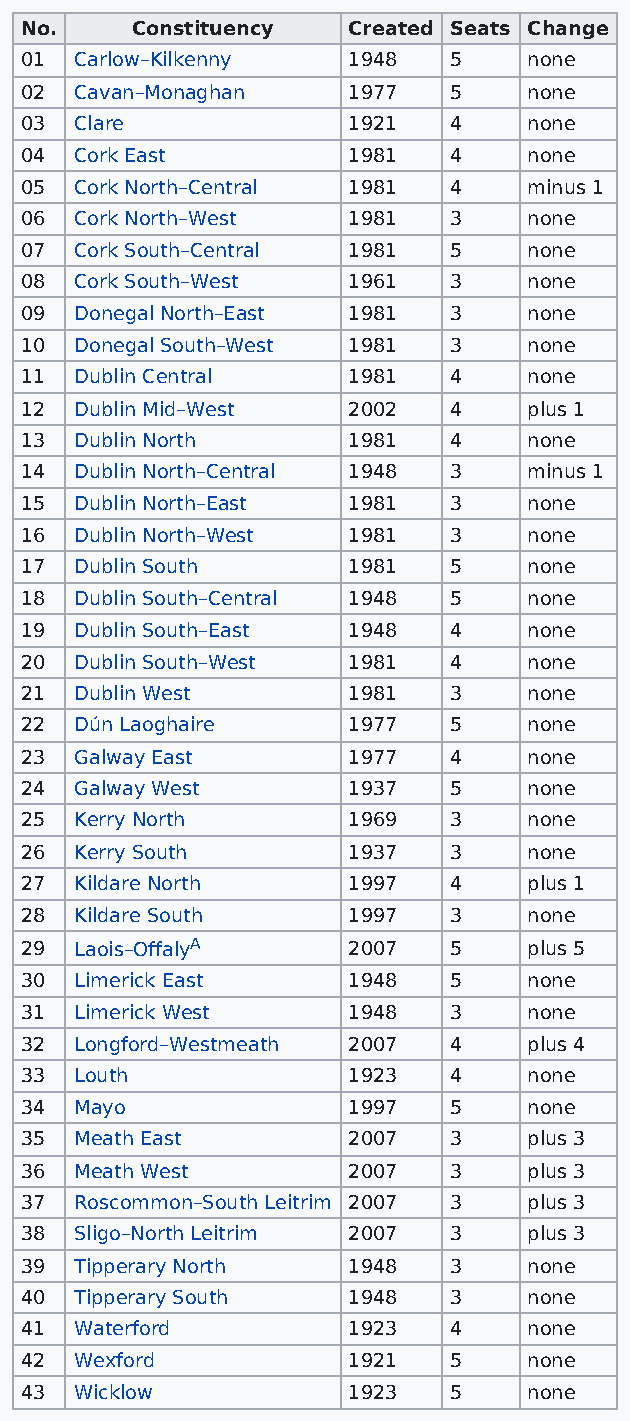
No.     Constituency  Created Seats Change
 01  Carlow–Kilkenny   1948   5    none
 02  Cavan–Monaghan    1977   5    none
 03  Clare             1921   4    none
 04  Cork East         1981   4    none
 05  Cork North–Central 1981  4    minus 1
 06  Cork North–West   1981   3    none
 07  Cork South–Central 1981  5    none
 08  Cork South–West   1961   3    none
 09  Donegal North–East 1981  3    none
 10  Donegal South–West 1981  3    none
 11  Dublin Central    1981   4    none
 12  Dublin Mid–West   2002   4    plus 1
 13  Dublin North      1981   4    none
 14  Dublin North–Central 1948 3   minus 1
 15  Dublin North–East 1981   3    none
 16  Dublin North–West 1981   3    none
 17  Dublin South      1981   5    none
 18  Dublin South–Central 1948 5   none
 19  Dublin South–East 1948   4    none
 20  Dublin South–West 1981   4    none
 21  Dublin West       1981   3    none
 22  Dún Laoghaire     1977   5    none
 23  Galway East       1977   4    none
 24  Galway West       1937   5    none
 25  Kerry North       1969   3    none
 26  Kerry South       1937   3    none
 27  Kildare North     1997   4    plus 1
 28  Kildare South     1997   3    none
 29  Laois–OffalyA     2007   5    plus 5
 30  Limerick East     1948   5    none
 31  Limerick West     1948   3    none
 32  Longford–Westmeath 2007  4    plus 4
 33  Louth             1923   4    none
 34  Mayo              1997   5    none
 35  Meath East        2007   3    plus 3
 36  Meath West        2007   3    plus 3
 37  Roscommon–South Leitrim 2007 3 plus 3
 38  Sligo–North Leitrim 2007 3    plus 3
 39  Tipperary North   1948   3    none
 40  Tipperary South   1948   3    none
 41  Waterford         1923   4    none
 42  Wexford           1921   5    none
 43  Wicklow           1923   5    none